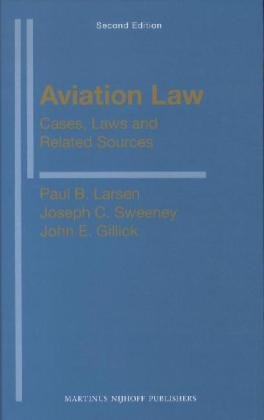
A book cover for Aviation Law: Cases, Laws and Related Sources; Law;